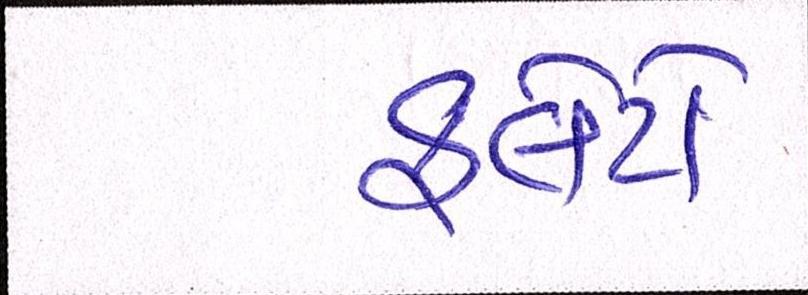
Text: ફ્લેટો